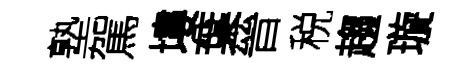
塾駕塿葉晉税趨璇